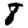
Digit: 8